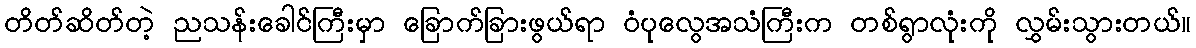
တိတ်ဆိတ်တဲ့ ညသန်းခေါင်ကြီးမှာ ခြောက်ခြားဖွယ်ရာ ဝံပုလွေအသံကြီးက တစ်ရွာလုံးကို လွှမ်းသွားတယ်။